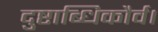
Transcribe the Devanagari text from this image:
दुष्टाब्धिकौर्व।